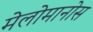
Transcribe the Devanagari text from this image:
मेलोमानोस